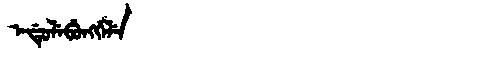
Manchu: ᡝᡩᡠᠯᡝᠪᡠᠩᡤᡝᠯᡝ
Romanization: EDULEBUNGGELE